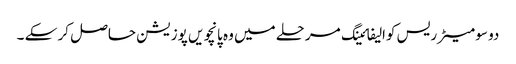
دو سو میٹر ریس کوالیفائینگ مرحلے میں وہ پانچویں پوزیشن حاصل کر سکے ۔